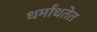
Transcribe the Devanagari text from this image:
धर्मांधतेत